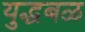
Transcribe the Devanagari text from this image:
युद्धबळ